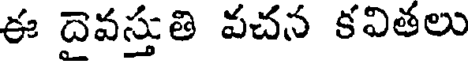
ఈ దైవస్తుతి వచన కవితలు